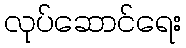
လုပ်ဆောင်ရေး